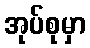
အုပ်စုမှာ